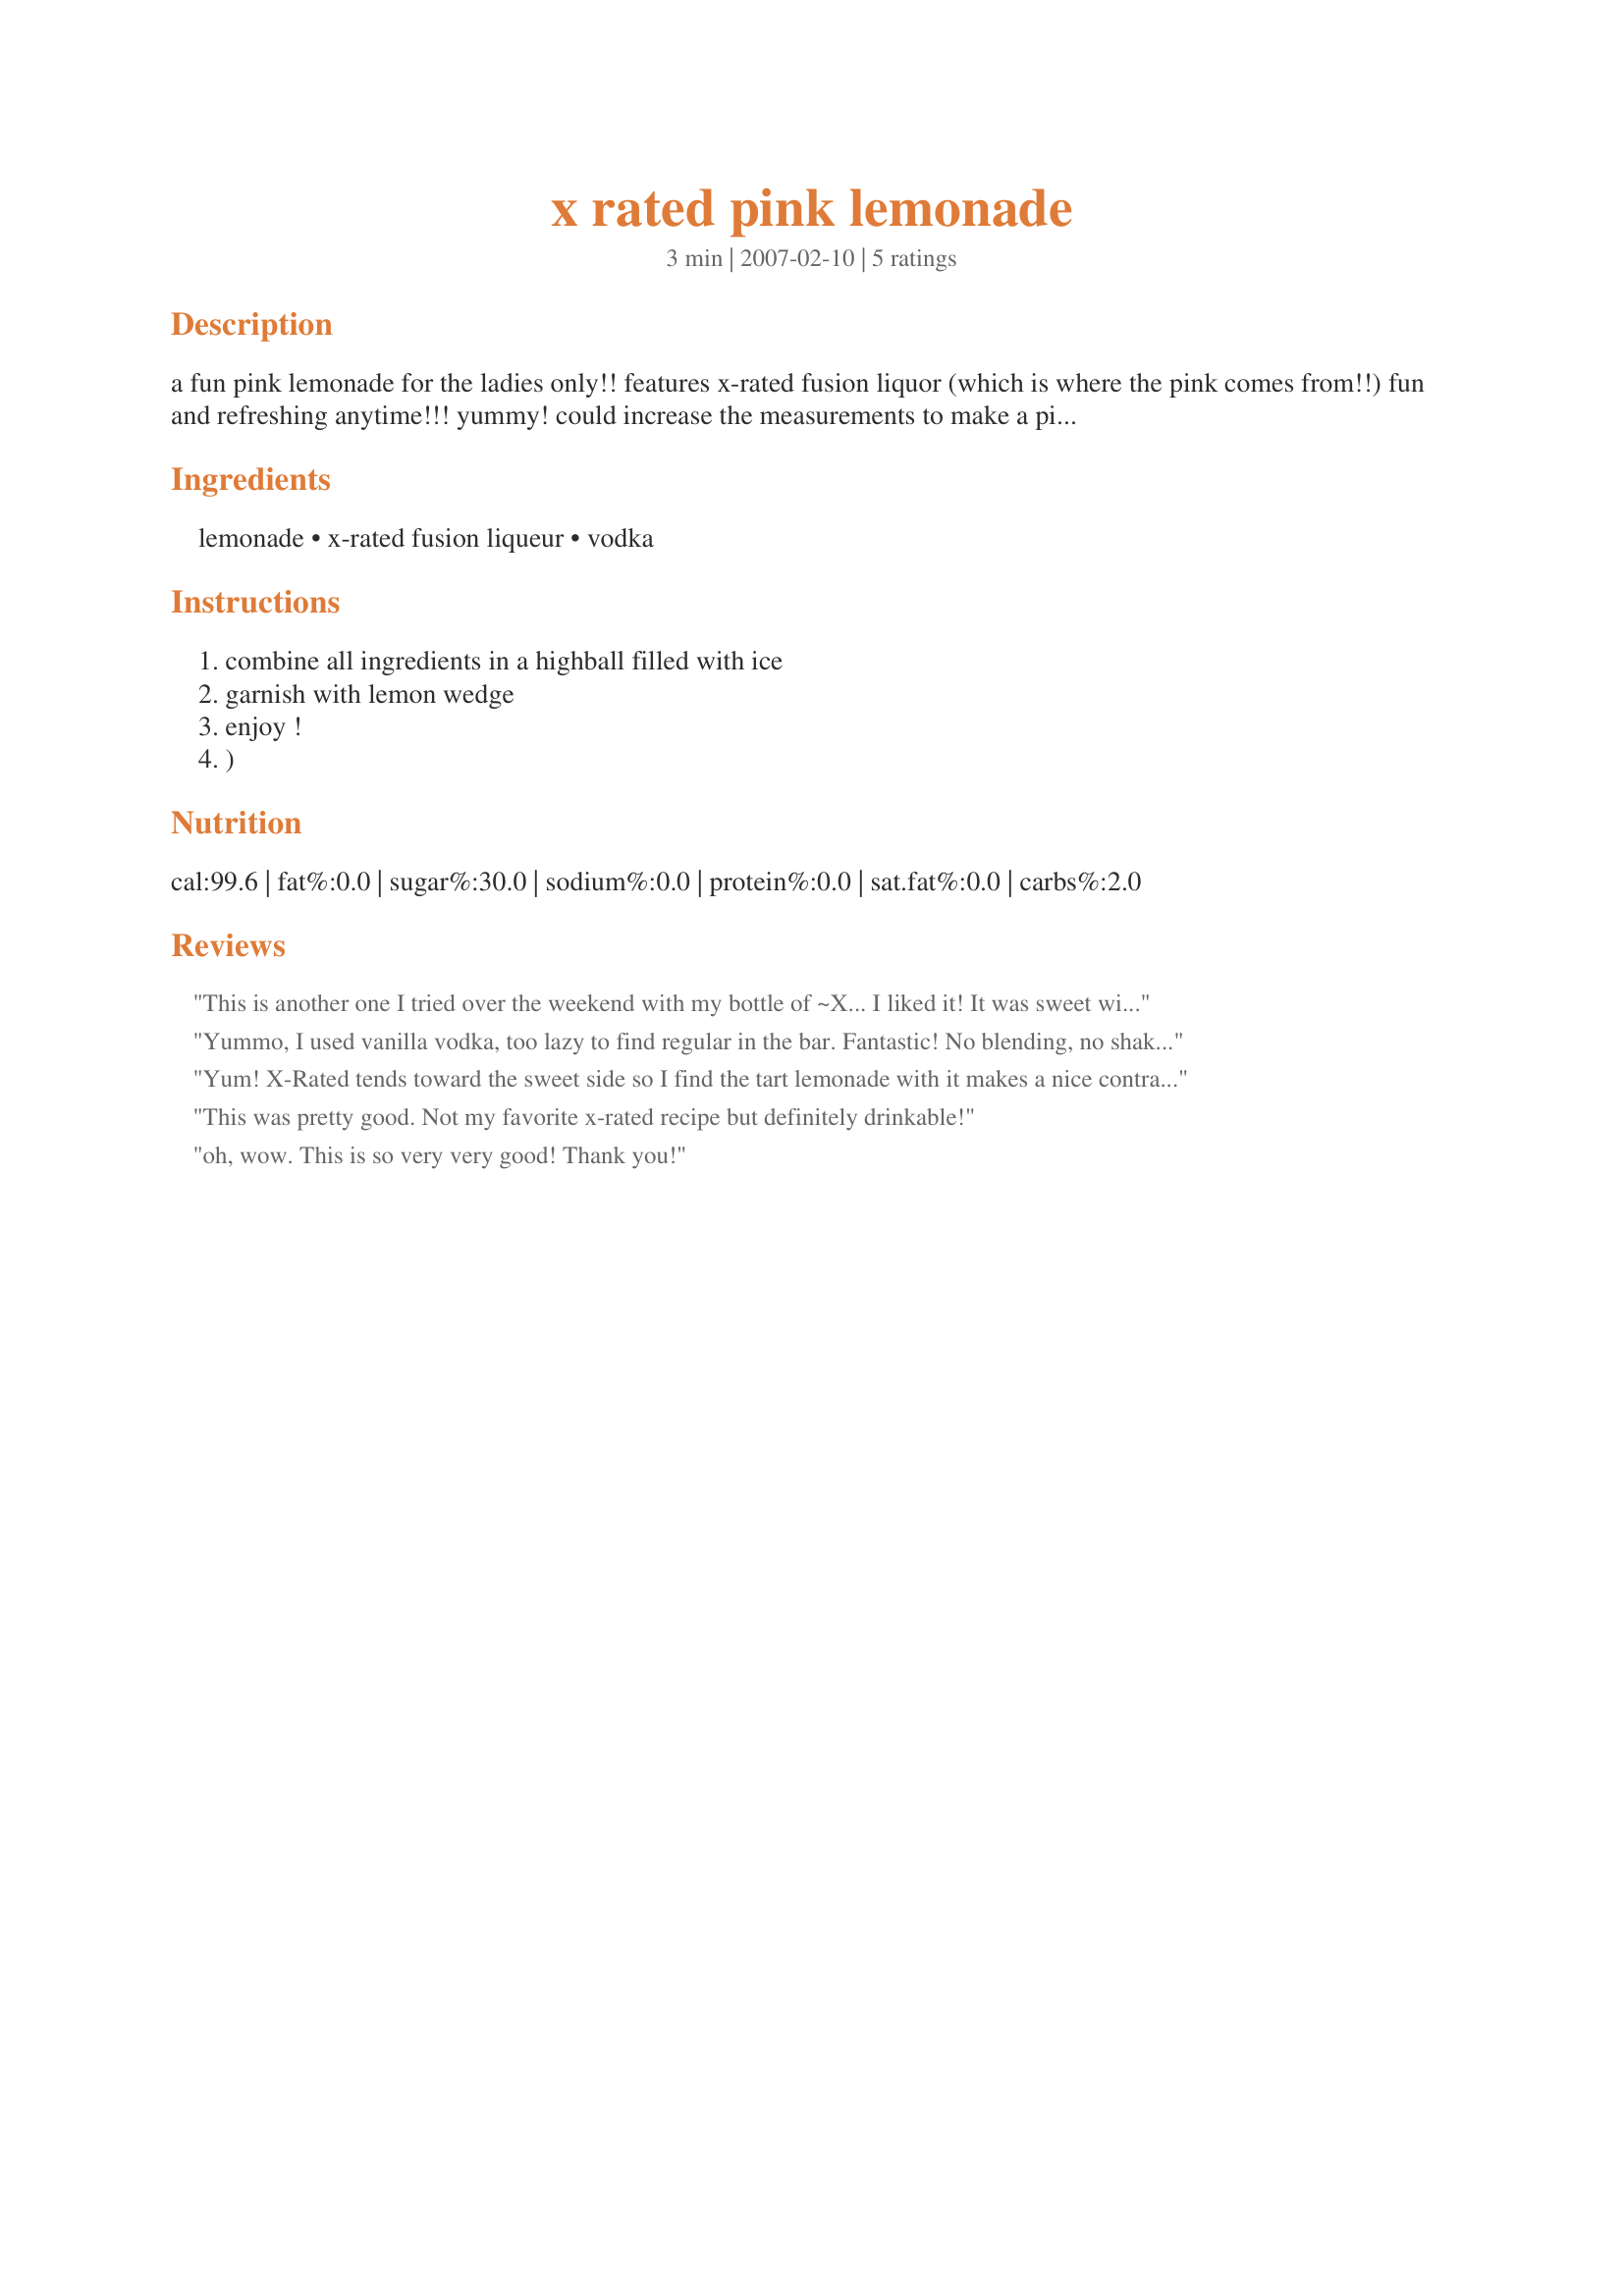
x rated pink lemonade
Preparation time: 3 minutes

a fun pink lemonade for the ladies only!! features x-rated fusion liquor (which is where the pink comes from!!) fun and refreshing anytime!!! yummy! could increase the measurements to make a pitcher or punch for a group! this is a fun alternative to a lemon drop for any ladies groups!! think pink girls!!! ***note- i mixed everything in a martini shaker of ice then served them in champagne flutes - they were delish!! both my friend and i found they slip right down - very citrusy sweet - and have a lemonade with a pink grapefruit flavor to us! yummy!!(***zwt3 - x-rated fusion is premium french vodka)

Ingredients:
lemonade, x-rated fusion liqueur, vodka

Steps:
combine all ingredients in a highball filled with ice
garnish with lemon wedge
enjoy !
)

Reviews:
This is another one I tried over the weekend with my bottle of ~X... I liked it! It was sweet with the lemonade and fusion liqueur. I had to admit, I added a salted rim and it was delicious. Balanced the sweetness with a bit of salt, just the way I like it! I will definitely make this again. Thanks for a *keeper* MommyD Cheers ~V
Yummo, I used vanilla vodka, too lazy to find regular in the bar. Fantastic! No blending, no shaking, just pour & drink, mmm!
Yum! X-Rated tends toward the sweet side so I find the tart lemonade with it makes a nice contrast. I used Grey Goose vodka and served it in a rocks glass (for photographic purposes). Delish!
This was pretty good. Not my favorite x-rated recipe but definitely drinkable!
oh, wow. This is so very very good! Thank you!
